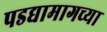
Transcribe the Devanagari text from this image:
पडद्यामागच्या